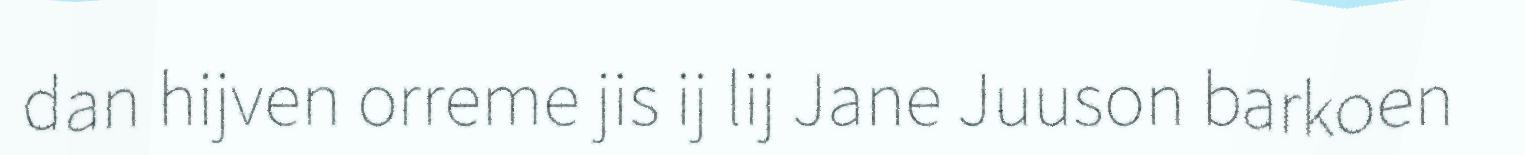
dan hijven orreme jis ij lij Jane Juuson barkoen